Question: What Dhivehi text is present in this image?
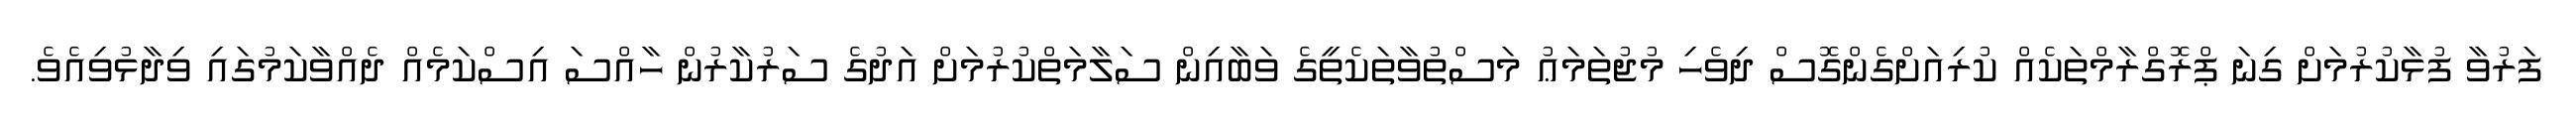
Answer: ފަރުވާ ފުޅާކުރުމަށް ގިނަ ޕްރޮގްރާމްތަކެއް ކުރިއަށްގެންގޮސް ދިވެހި މުޖުތަމަޢު މަސްތުވާތަކެތީގެ ވަބާއިން ސަލާމަތްކުރުމަށް އަދުގެ ސަރުކާރުން ހާއްސަ އިސްކަމެއް ދެއްވާކަމުގައި ވިދާޅުވިއެވެ.